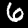
Label: 6